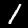
Digit: 1